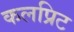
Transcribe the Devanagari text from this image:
कलप्रिट